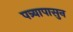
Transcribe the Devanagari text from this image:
पत्र्यापासुन